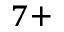
^ { 7 + }